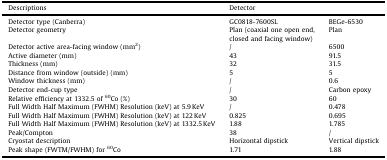
<table><thead><tr><td><b>Descriptions</b></td><td colspan="2"><b>Detector</b></td></tr></thead><tbody><tr><td>Detector type (Canberra)</td><td>GC0818-7600SL</td><td>BEGe-6530</td></tr><tr><td>Detector geometry</td><td>Plan (coaxial one open end, closed and facing window)</td><td>Plan</td></tr><tr><td>Detector active area-facing window (mm<sup>2</sup>)</td><td>/</td><td>6500</td></tr><tr><td>Active diameter (mm)</td><td>43</td><td>91.5</td></tr><tr><td>Thickness (mm)</td><td>32</td><td>31.5</td></tr><tr><td>Distance from window (outside) (mm)</td><td>5</td><td>5</td></tr><tr><td>Window thickness (mm)</td><td>/</td><td>0.6</td></tr><tr><td>Detector end-cup type</td><td>/</td><td>Carbon epoxy</td></tr><tr><td>Relative efficiency at 1332.5 of <sup>60</sup>Co (%)</td><td>30</td><td>60</td></tr><tr><td>Full Width Half Maximum (FWHM) Resolution (keV) at 5.9 KeV</td><td>/</td><td>0.478</td></tr><tr><td>Full Width Half Maximum (FWHM) Resolution (keV) at 122 KeV</td><td>0.825</td><td>0.695</td></tr><tr><td>Full Width Half Maximum (FWHM) Resolution (keV) at 1332.5 KeV</td><td>1.88</td><td>1.785</td></tr><tr><td>Peak/Compton</td><td>38</td><td>/</td></tr><tr><td>Cryostat description</td><td>Horizontal dipstick</td><td>Vertical dipstick</td></tr><tr><td>Peak shape (FWTM/FWHM) for <sup>60</sup>Co</td><td>1.71</td><td>1.88</td></tr></tbody></table>